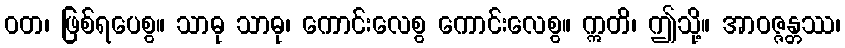
ဝတ၊ ဖြစ်ရပေစွ။ သာဓု သာဓု၊ ကောင်းလေစွ ကောင်းလေစွ။ ဣတိ၊ ဤသို့။ အာဝဇ္ဇန္တဿ၊